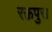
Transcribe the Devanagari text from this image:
रक्तपुरा